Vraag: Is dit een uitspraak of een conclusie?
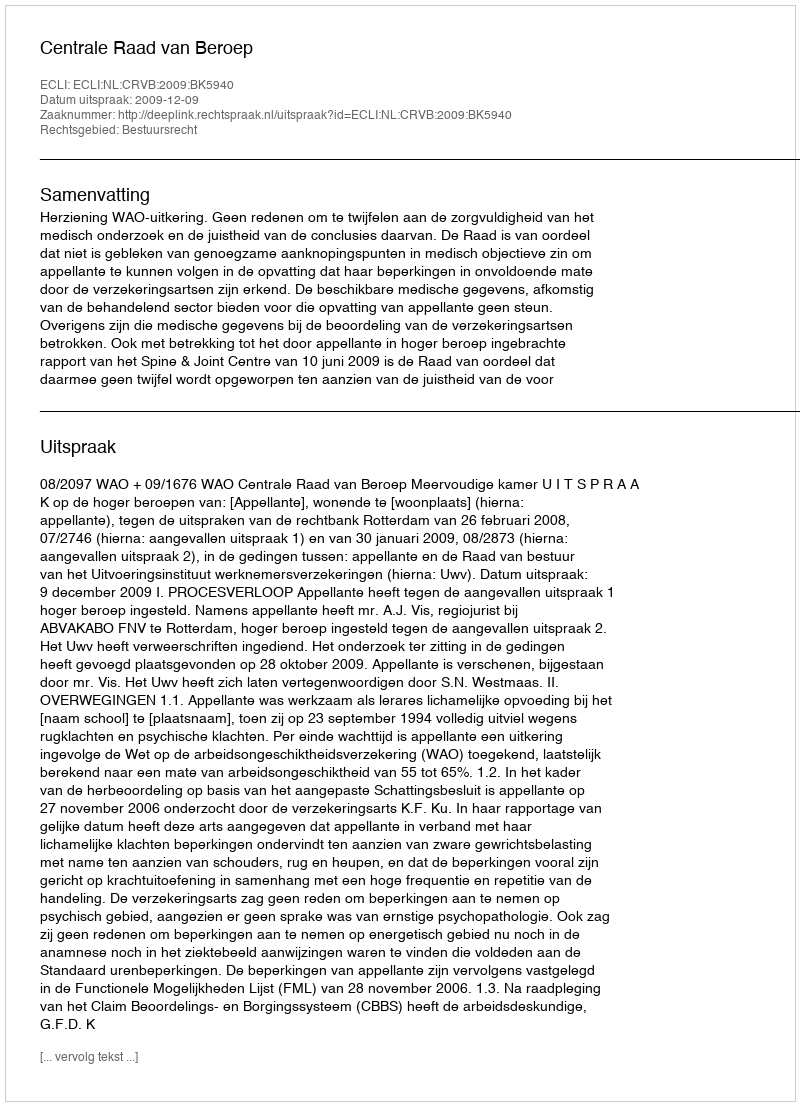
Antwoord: Uitspraak